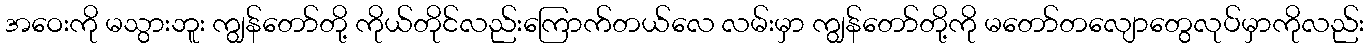
အဝေးကို မသွားဘူး ကျွန်တော်တို့ ကိုယ်တိုင်လည်းကြောက်တယ်လေ လမ်းမှာ ကျွန်တော်တို့ကို မတော်တလျောတွေလုပ်မှာကိုလည်း